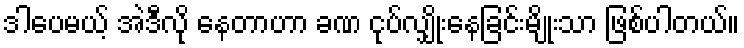
ဒါပေမယ့် အဲဒီလို နေတာဟာ ခဏ ငုပ်လျှိုးနေခြင်းမျိုးသာ ဖြစ်ပါတယ်။